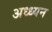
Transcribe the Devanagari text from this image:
अध्ध्यन